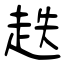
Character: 趃